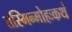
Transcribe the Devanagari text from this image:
तस्मिन्मोहःकथं